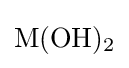
{\mathrm {M} (\mathrm {OH} ){\vphantom {A}}_{\smash[{t}]{2}}}